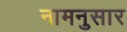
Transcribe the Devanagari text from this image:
नामनुसार